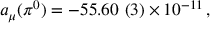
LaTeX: a _ { \mu } ( \pi ^ { 0 } ) = - 5 5 . 6 0 ~ ( 3 ) \times 1 0 ^ { - 1 1 } \, ,